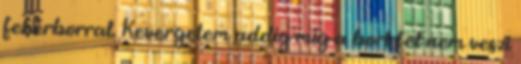
fehérborral. Kevergetem addig míg a bort fel nem veszi